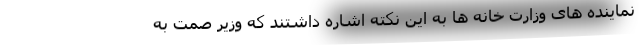
نماینده های وزارت خانه ها به این نکته اشاره داشتند که وزیر صمت به